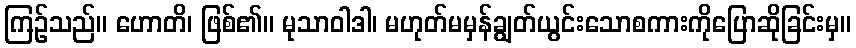
ကြဉ်သည်။ ဟောတိ၊ ဖြစ်၏။ မုသာဝါဒါ၊ မဟုတ်မမှန်ချွတ်ယွင်းသောစကားကိုပြောဆိုခြင်းမှ။